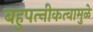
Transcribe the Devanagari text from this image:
बहुपत्‍नीकत्वामुळे